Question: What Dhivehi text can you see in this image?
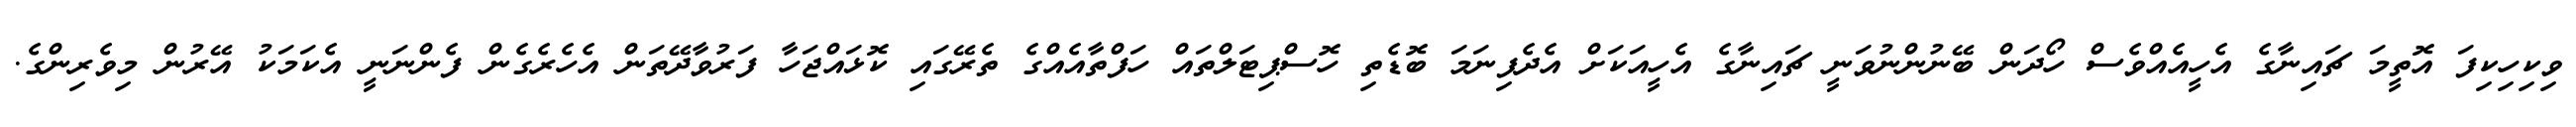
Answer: ވިކިހިކިފަ އޮތީމަ ޗައިނާގެ އެހީއެއްވެސް ހޯދަން ބޭނުންނުވަނީ ޗައިނާގެ އެހީއަކަށް އެދެފިނަމަ ބޮޑެތި ހޮސްޕިޓަލްތައް ހަފްތާއެއްގެ ތެރޭގައި ކޮޅައްޖަހާ ފަރުވާދޭތަން އެހެރެގެން ފެންނަނީ އެކަމަކު އޭރުން މިވެރިންގެ.